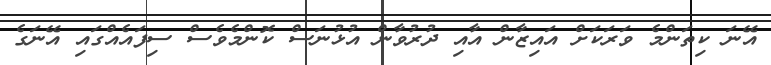
އޭނަ ކިތަންމެ ވަރަކަށް އައިޒާން އާއި ދުރުވާން އުޅުނަސް ކޮންމެވެސް ސިފައެއްގައި އޭނަގެ